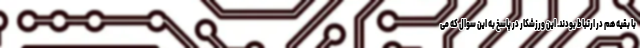
با بقیه هم در ارتباط بودند. این ورزشکار در پاسخ به این سوال که می